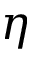
\eta